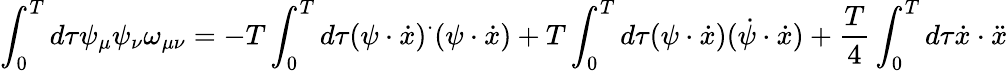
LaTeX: \int_{0}^{T}d\tau\psi_{\mu}\psi_{\nu}\omega_{\mu\nu}=-T\int_{0}^{T}d\tau(\psi\cdot\dot{x})^{\cdot}(\psi\cdot\dot{x})+T\int_{0}^{T}d\tau(\psi\cdot\dot{x})(\dot{\psi}\cdot\dot{x})+{\frac{T}{4}}\int_{0}^{T}d\tau\dot{x}\cdot\ddot{x}